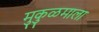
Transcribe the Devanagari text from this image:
मुकुळमाला